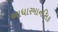
આધારમાનસિક